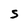
Character: S